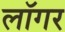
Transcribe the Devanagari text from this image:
लॉगर